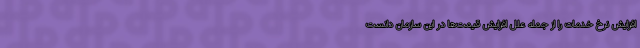
افزایش نرخ خدمات را از جمله علل افزایش قیمت‌ها در این سازمان دانست